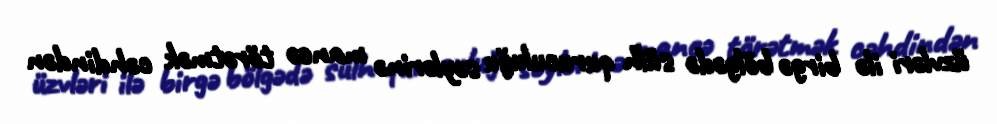
üzvləri ilə birgə bölgədə sülh quruculuğu səylərinə maneə törətmək cəhdindən